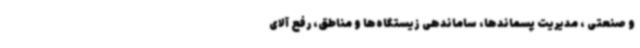
و صنعتی ‌، مدیریت پسماندها، ساماندهی زیستگاه‌ها و مناطق، رفع آلای